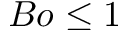
B o \leq 1